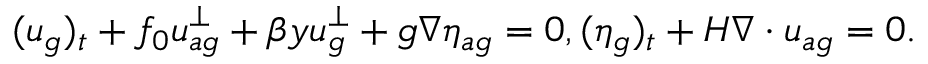
\begin{array} { r } { ( u _ { g } ) _ { t } + f _ { 0 } u _ { a g } ^ { \perp } + \beta y u _ { g } ^ { \perp } + g \nabla \eta _ { a g } = 0 , ( \eta _ { g } ) _ { t } + H \nabla \cdot u _ { a g } = 0 . } \end{array}